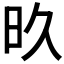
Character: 𬀨